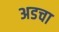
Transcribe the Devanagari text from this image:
अडचा